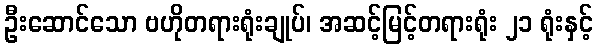
ဦးဆောင်သော ဗဟိုတရားရုံးချုပ်၊ အဆင့်မြင့်တရားရုံး ၂၁ ရုံးနှင့်